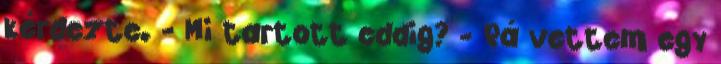
kérdezte. - Mi tartott eddig? - Rá vettem egy